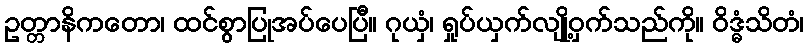
ဥတ္တာနိကတော၊ ထင်စွာပြုအပ်ပေပြီ။ ဂုယှံ၊ ရှုပ်ယှက်လျို့ဝှက်သည်ကို။ ဝိဒ္ဓံသိတံ၊